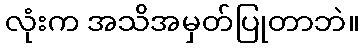
လုံးက အသိအမှတ်ပြုတာဘဲ။